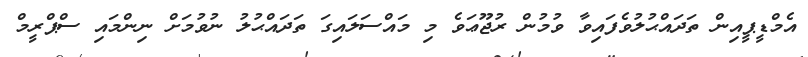
އެމްޑީޕީއިން ތަދައްޙުލުވެފައިވާ ވުމުން ރުޖޫޢަވެ މި މައްސަލައިގަ ތަދައްޙުލު ނުވުމަށް ނިންމައި ސްޕްރީމް